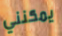
يمكنني